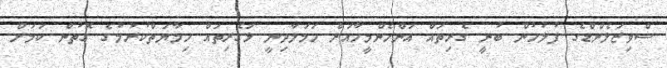
ސްވިޒަލެންޑްގެ ފުލުހުން ބުނީ ގެރިތައް އަންހެންމީހާއަށް ހަމަލާދިނީ ޅަގެރިތައް ހިމާޔަތްކުރުމުގެ ގޮތުން ކަމަށް